Indian journal of veterinary science and animal husbandry - Volume 1,
Year: 1931
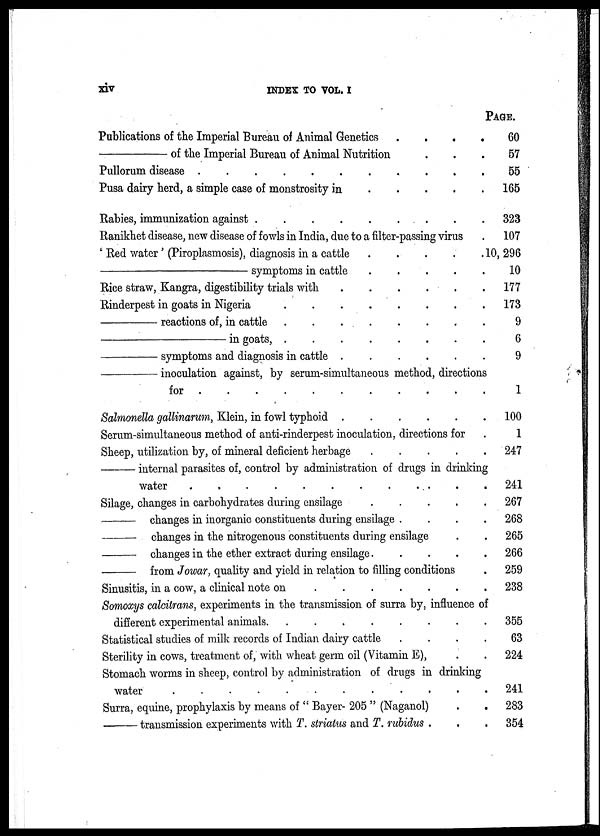
xiv
INDEX TO VOL. I
Publications of the Imperial Bureau of Animal Genetics
.
.
.
.
—
of the Imperial Bureau of Animal Nutrition . . .
Pullorum disease
.
.
.
.
.
.
.
.
Pusa dairy herd, a simple case of monstrosity in
.
.
.
.
.
Rabies, immunization against
.
.
.
.
.
.
.
Ranikhet disease, new disease of fowls in India, due to a filter-passing virus
' Red water ' (Piroplasmosis), diagnosis in a cattle
.
.
.
.
.
—
symptoms in cattle
Rice straw, Kangra, digestibility trials with
Rinderpest in goats in Nigeria
—
reactions of, in cattle
—
in goats,
—
symptoms and diagnosis in cattle
—
inoculation against, by serum-simultaneous method, directions
for
.
.
.
.
.
.
.
.
.
.
.
Salmonella gallinarum, Klein, in fowl typhoid
.
.
.
.
.
Serum-simultaneous method of anti-rinderpest inoculation, directions for
Sheep, utilization by, of mineral deficient herbage
.
.
.
.
.
—
internal parasites of, control by administration of drugs in drinking
water
.
.
.
.
.
.
.
.
.
.
Silage, changes in carbohydrates during ensilage
.
.
.
.
.
—
changes in inorganic constituents during ensilage .
.
.
.
—
changes in the nitrogenous constituents during ensilage
—
changes in the ether extract during ensilage
.
.
.
.
.
—
from Jowar, quality and yield in relation to filling conditions
Sinusitis, in a cow, a clinical note on
Somoxys calcitrans, experiments in the transmission of surra by, influence of
different experimental animals.
........
Statistical studies of milk records of Indian dairy cattle
....
Sterility in cows, treatment of, with wheat germ oil (Vitamin E), . .
Stomach worms in sheep, control by administration of drugs in drinking
water . . . . . . . . . . . .
Surra, equine, prophylaxis by means of " Bayer- 205 " (Naganol) . .
—
transmission experiments with T. striatus and T. rubidus . . .
PAGE.
60
57
55
165
323
107
10,296
10
177
173
9
6
9
1
100
1
247
241
267
268
265
266
259
238
355
63
224
241
283
354